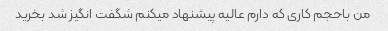
من باحجم کاری که دارم عالیه پیشنهاد میکنم شگفت انگیز شد بخرید